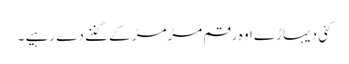
کئی دیہاڑے اوہ رقم مڑمڑ کے گننے دے رہیے ۔